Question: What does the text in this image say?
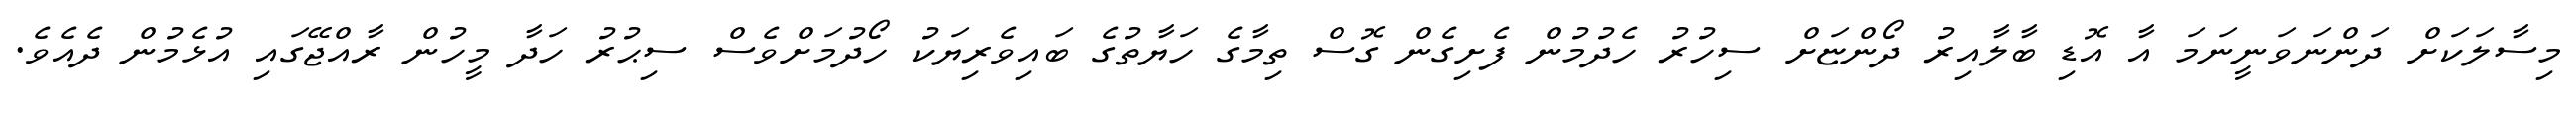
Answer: މިސާލަކަށް ދަންނަވަނީނަމަ އާ އޮޑި ބާލާއިރު ދޯންޏަށް ސިހުރު ހެދުމުން ފެށިގެން ގޮސް ތިމާގެ ހަޔާތުގެ ބައިވެރިޔަކު ހޯދުމަށްވެސް ސިޙުރު ހަދާ މީހުން ރާއްޖޭގައި އުޅެމުން ދެއެވެ.